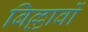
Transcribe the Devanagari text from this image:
बिल्लावों